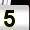
Digit: 5